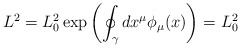
\begin{align*}L^2=L_0^2\exp\left(\oint_\gamma dx^\mu \phi_\mu(x)\right)=L^2_0\,\end{align*}